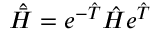
\hat { \bar { H } } = e ^ { - \hat { T } } \hat { H } e ^ { \hat { T } }